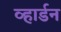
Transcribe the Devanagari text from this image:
व्हार्डन